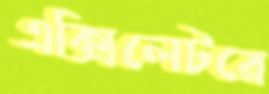
এক্সিলেটরে